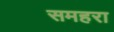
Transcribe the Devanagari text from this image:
समहरा